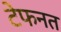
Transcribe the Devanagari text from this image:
टेफनत